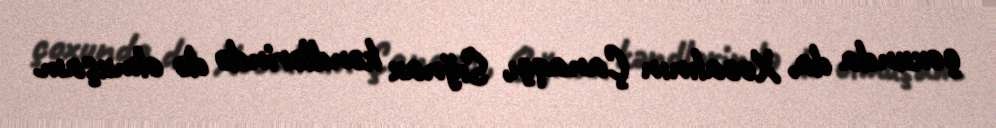
çoxunda da, Xocalının Çanaqçı, Sığnax kəndlərində də olmuşam.